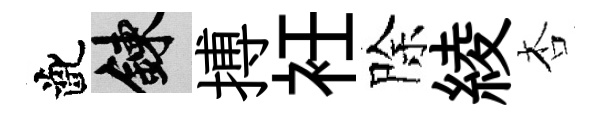
齔練搏衽除綾杏